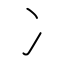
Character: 冫